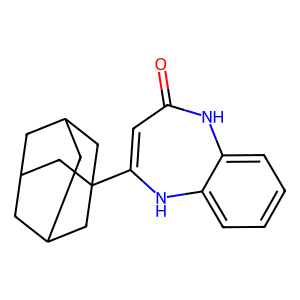
SMILES: O=C1C=C(C23CC4CC(CC(C4)C2)C3)Nc2ccccc2N1
Inhibits HIV replication: No